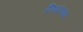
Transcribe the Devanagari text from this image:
निन्दकाय